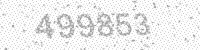
Solution: 499853